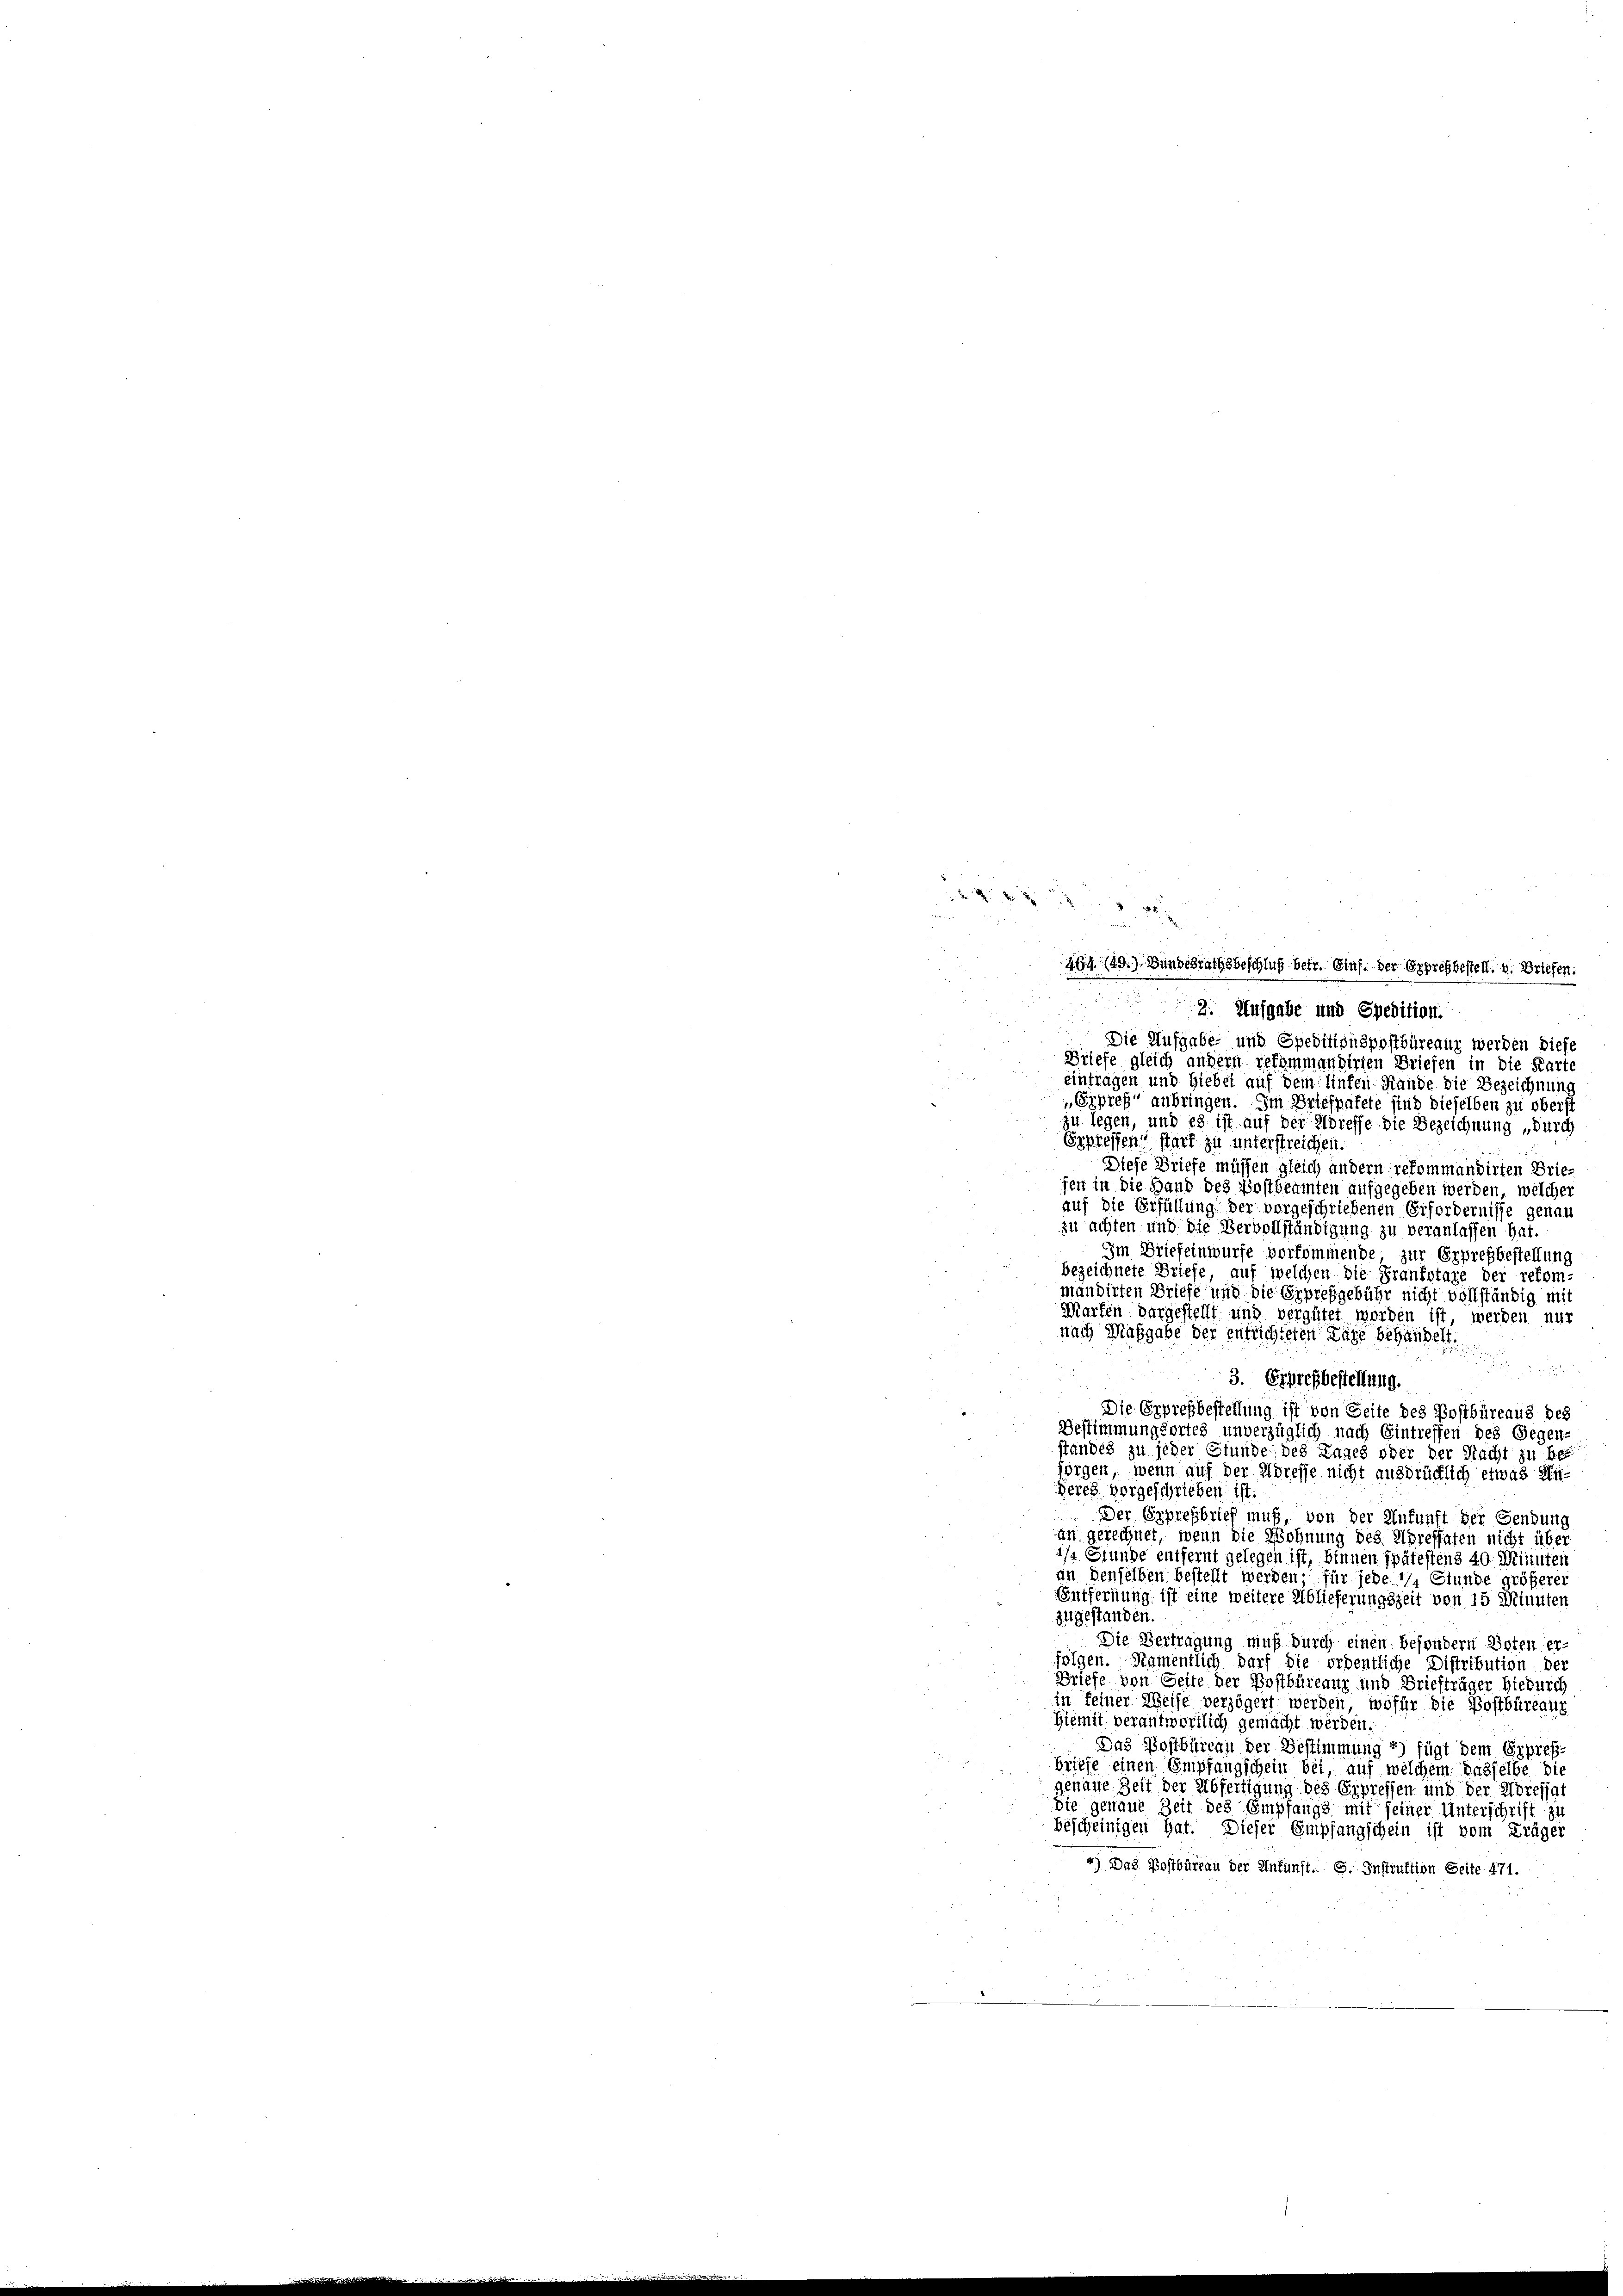
25
46 (49.) Hundesrathsbeschluß betr. Ginf. der Eppresbestell. v. Briefen.

2. Aufgabe und Spedition.
Die Aufgabe- und Speditionspostbüreaur werden diese
Briefe gleich andern refammandirten Briefen in die Karte
eintragen und Hiebei auf dem linken-Hande die Bezeichnung
Erpref“ anbringen. Im Briefpakete sind dieselben zu oberst
zu legen, und es ist auf der Adresse die Bezeichnung „durch
Eppressen stark zu unterstreichen.
Diese Briefe müssen gleich andern rekommandirten Briesen in die Hand des Postbeamten aufgegeben werden, welcher
auf die Erfüllung der vorgeschriebenen Erfordernisse genau
zu achten und die Vervollständigung zu veranlassen hat.
Im Briefelnwurfe vorkommende zur Erprefbestellung
bezeichnete Briefe, auf welchen die Frankotage der refom-
mandirten Briefe und die Erpreßgebühr nicht vollständig mit
Marten dargestellt und vergütet worden ist werden nur
nach Maßgabe der entrichteten Tage behandelt.
.
3. Eppresbestellung.
Die Erprefbestellung ist von Seite des Postbüreaus des
Bestimmungsortes unverzüglich nach Eintreffen des Gegen-
standes zu jeder Stunde des Tages oder der Nacht zu besorgen, wenn auf der Adresse nicht ausdrücklich etwas Anderes vorgeschrieben ist
Der Erpressbrief muß, von der Ankunft der Gendung
an gerechnet, wenn die Wohnung des Adressaten nicht über
1/2 Stunde entfernt gelegen ist, binnen spätestens 40 Minuten
in denselben bestellt werden für jede Stunde größerer
Entfernung ist eine weitere Ablieferungszeit von 15 Minuten
zugestanden.
Die Vertragung muß durch einen besondern Boten er-
folgen. Namentlich darf die ordentliche Distribution der
Briefe von Seite der Postbüreaur und Briefträger hiedurch
in feiner Weise verzögert werden, wofür die Postbüreauz
Hiemit verantwortlich gemacht werden.
Das Postbüreau der Bestimmung 4) fügt dem Erpreß-
briefe einen Empfangschein bei, auf welchem dasselbe die
genaue Zeit der Abfertigung des Erpressen und der Höressat
Die genaue Zeit des Empfangs mit seiner Unterschrift zu
bescheinigen hat. Dieser Empfangschein ist vom Kräger
4) Das Postbüreau der Ankunft. S. Instruktion Seite 471.